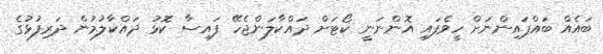
ބައެއް ބައްޕައިންނަށް ހީވެފައި އޮންނަނީ ކޯޓަށް ދައްކާލަންޖެހޭ ފައިސާ ކޮޅު ދައްކާލުމުން ދަރިފުޅުގެ